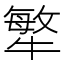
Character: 𤛎